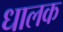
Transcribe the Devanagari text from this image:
धालक